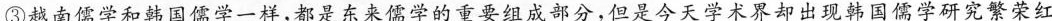
③越南儒学和韩国儒学一样，都是东来儒学的重要组成部分，但是今天学术界却出现韩国儒学研究繁荣红